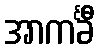
အာကင်္ခီ